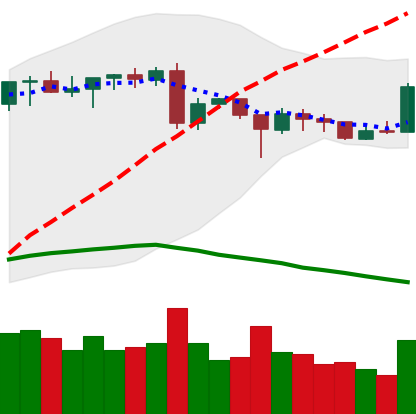
Ticker: ETH-USD
Chart end date: 2020-06-22
Forward return: -8.07%
Label: down_7plus